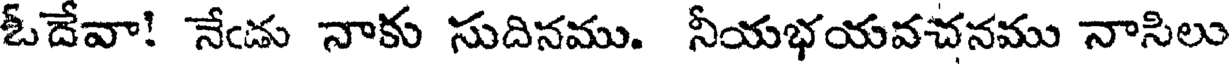
ఓదేవా! నేఁడు నాకు సుదినము. నీయభయవచనము నాసిలు